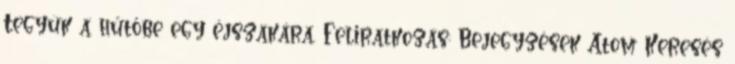
Tegyük a hűtőbe egy éjszakára. Feliratkozás: Bejegyzések Atom Keresés